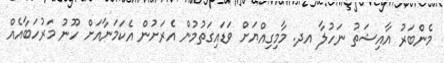
މެންބަރު އާއިޝަތު ނަހުލާ އދ. މާމިގިއްޔަށް ވަޑައިގަތުމުން އެރަށުން އެކަމަނާއަށް ހޫނު މަރުހަބާއެއް